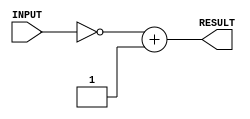
module twosComp(INPUT, RESULT); //change this
    input [7:0] INPUT;       //declare inputs
    output reg [7:0] RESULT; //declare outputs

    always @ (INPUT)
    begin
      RESULT = ~INPUT + 1; // 2s comp negative
    end

endmodule